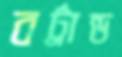
বর্ট্রান্ড